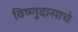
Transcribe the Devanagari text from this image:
विष्णुदासाचे